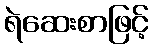
ရဲဆေးစာဖြင့်